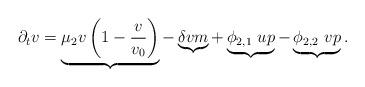
LaTeX: \begin{align*}\partial_t v =\underbrace{\mu_2v\left(1-\frac{v}{v_0}\right)}_{} -\underbrace{\delta vm}_{} + \underbrace{\phi_{2,1}~up}_{} - \underbrace{\phi_{2,2}~vp}_{}.\end{align*}